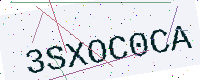
Text: 3SXOC0CA